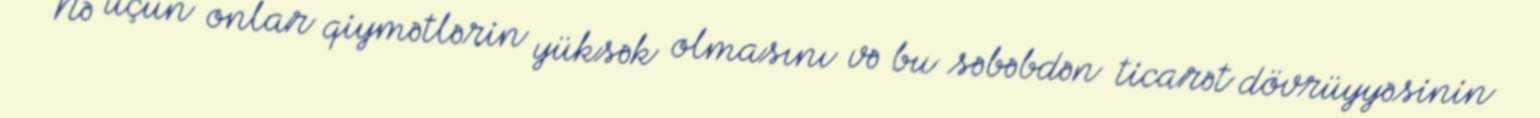
Nə üçün onlar qiymətlərin yüksək olmasını və bu səbəbdən ticarət dövrüyyəsinin